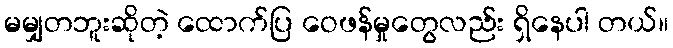
မမျှတဘူးဆိုတဲ့ ထောက်ပြ ဝေဖန်မှုတွေလည်း ရှိနေပါ တယ်။